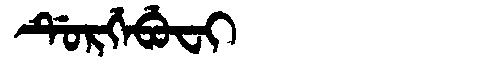
Manchu: ᡩᡠᡵᡤᡝᠪᡠᠸᡳ
Romanization: DURGEBUFI